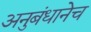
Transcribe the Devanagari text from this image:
अनुबंधानेच